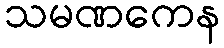
သမဏကေန